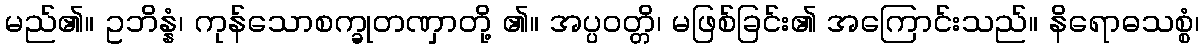
မည်၏။ ဥဘိန္နံ၊ ကုန်သောစက္ခုတဏှာတို့ ၏။ အပ္ပဝတ္တိ၊ မဖြစ်ခြင်း၏ အကြောင်းသည်။ နိရောဓသစ္စံ၊